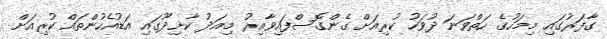
ގާފަރުގައި މިމަހުގެ ހަތްވަނަ ދުވަހު ކުރިއަށް ގެންގޮސްފައިވާއިރު މިއަދު ކާށިދޫގައި އަޑުއެހުންތައް ކުރިއަށް